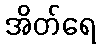
အိတ်ရေ